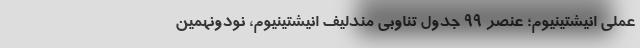
عملی‌ انیشتینیوم؛ عنصر ۹۹ جدول تناوبی مندلیف انیشتینیوم،‌ نودونهمین